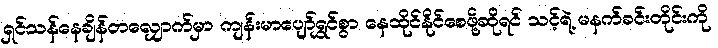
ရှင်သန်နေချိန်တလျှောက်မှာ ကျန်းမာပျော်ရွှင်စွာ နေထိုင်နိုင်စေဖို့ဆိုရင် သင့်ရဲ့ မနက်ခင်းတိုင်းကို